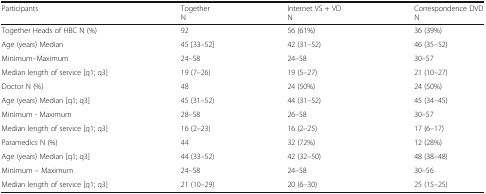
| Participants | TogetherN | Internet VS + VDN | Correspondence DVDN |
 | --- | --- | --- | --- |
 | Together Heads of HBC N (%) | 92 | 56 (61%) | 36 (39%) |
 | Age (years) Median | 45 [33–52] | 42 (31–52) | 46 (35–52) |
 | Minimum–Maximum | 24–58 | 24–58 | 30–57 |
 | Median length of service [q1; q3] | 19 (7–26) | 19 (5–27) | 21 (10–27) |
 | Doctor N (%) | 48 | 24 (50%) | 24 (50%) |
 | Age (years) Median [q1; q3] | 45 (31–52) | 44 (31–52) | 45 (34–45) |
 | Minimum - Maximum | 28–58 | 26–58 | 30–57 |
 | Median length of service [q1; q3] | 16 (2–23) | 16 (2–25) | 17 (6–17) |
 | Paramedics N (%) | 44 | 32 (72%) | 12 (28%) |
 | Age (years) Median [q1; q3] | 44 (33–52) | 42 (32–50) | 48 (38–48) |
 | Minimum – Maximum | 24–58 | 24–58 | 30–56 |
 | Median length of service [q1; q3] | 21 (10–29) | 20 (6–30) | 25 (15–25) |